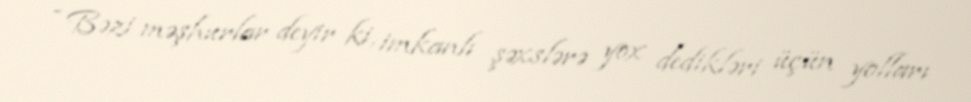
- Bəzi məşhurlar deyir ki, imkanlı şəxslərə yox dedikləri üçün yolları